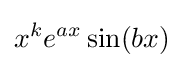
x^{k}e^{ax}\sin(bx)